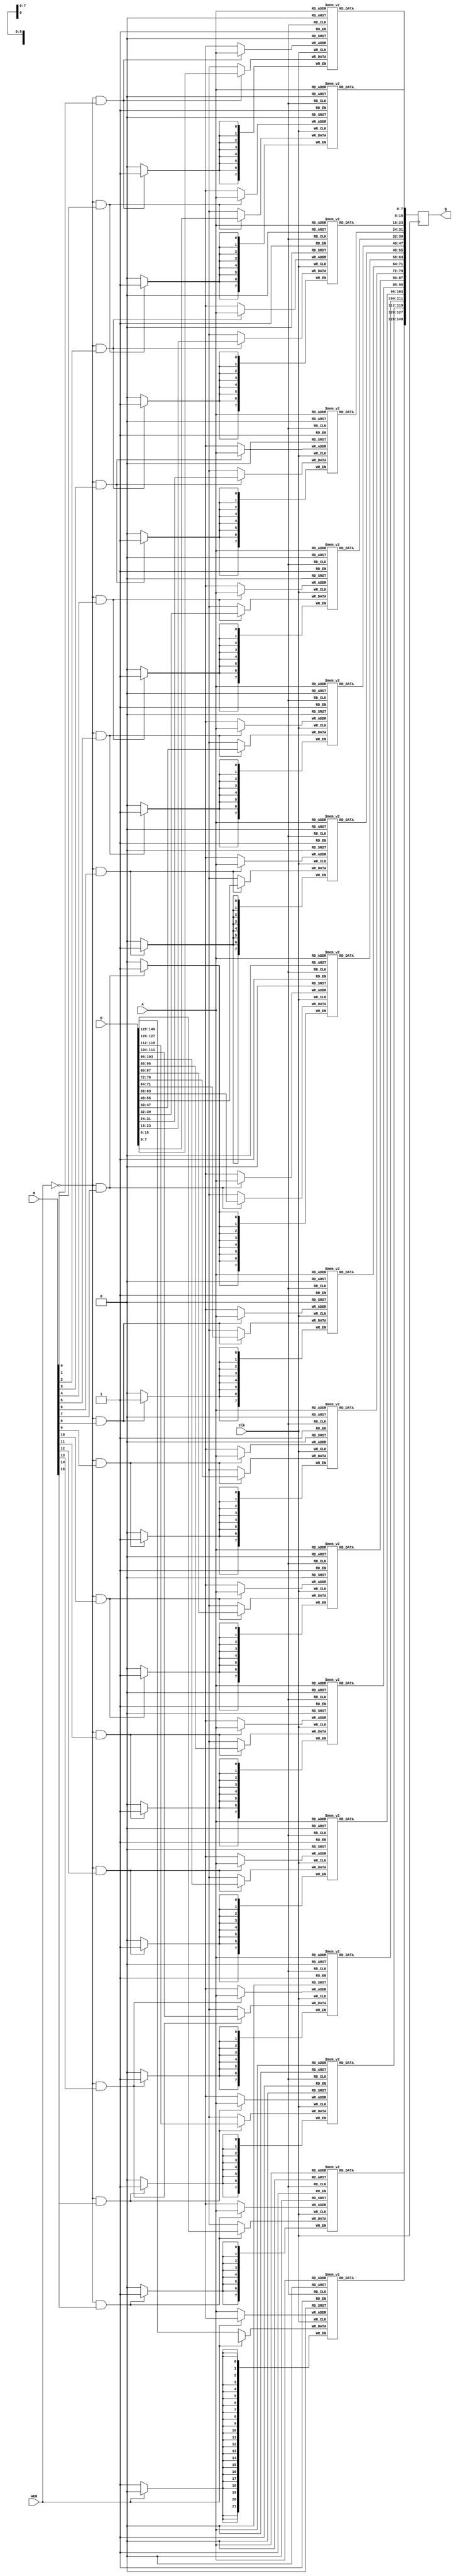
module datacache (A,D,Q,M,WEN,clk);
input [9:0] A;
input [128+22-1:0] D;
output reg [128+22-1:0] Q;
input clk;
input WEN;
input [15:0] M;

reg [21:0]  MemU [1023:0];
reg  [7:0]  Mem1 [1023:0];
reg  [7:0]  Mem2 [1023:0];
reg  [7:0]  Mem3 [1023:0];
reg  [7:0]  Mem4 [1023:0];
reg  [7:0]  Mem5 [1023:0];
reg  [7:0]  Mem6 [1023:0];
reg  [7:0]  Mem7 [1023:0];
reg  [7:0]  Mem8 [1023:0];
reg  [7:0]  Mem9 [1023:0];
reg  [7:0] Mem10 [1023:0];
reg  [7:0] Mem11 [1023:0];
reg  [7:0] Mem12 [1023:0];
reg  [7:0] Mem13 [1023:0];
reg  [7:0] Mem14 [1023:0];
reg  [7:0] Mem15 [1023:0];
reg  [7:0] Mem16 [1023:0];

always @(posedge clk) Q <= {MemU[A],
                            Mem16[A],Mem15[A],Mem14[A],Mem13[A],Mem12[A],Mem11[A],Mem10[A],Mem9[A],
			    Mem8[A],Mem7[A],Mem6[A],Mem5[A],Mem4[A],Mem3[A],Mem2[A],Mem1[A]};

always @(posedge clk) if ((WEN ==0)&&(M[ 0]==1'b1)) Mem1[A]  <= D[  7:  0];
always @(posedge clk) if ((WEN ==0)&&(M[ 1]==1'b1)) Mem2[A]  <= D[ 15:  8];
always @(posedge clk) if ((WEN ==0)&&(M[ 2]==1'b1)) Mem3[A]  <= D[ 23: 16];
always @(posedge clk) if ((WEN ==0)&&(M[ 3]==1'b1)) Mem4[A]  <= D[ 31: 24];
always @(posedge clk) if ((WEN ==0)&&(M[ 4]==1'b1)) Mem5[A]  <= D[ 39: 32];
always @(posedge clk) if ((WEN ==0)&&(M[ 5]==1'b1)) Mem6[A]  <= D[ 47: 40];
always @(posedge clk) if ((WEN ==0)&&(M[ 6]==1'b1)) Mem7[A]  <= D[ 55: 48];
always @(posedge clk) if ((WEN ==0)&&(M[ 7]==1'b1)) Mem8[A]  <= D[ 63: 56];
always @(posedge clk) if ((WEN ==0)&&(M[ 8]==1'b1)) Mem9[A]  <= D[ 71: 64];
always @(posedge clk) if ((WEN ==0)&&(M[ 9]==1'b1)) Mem10[A] <= D[ 79: 72];
always @(posedge clk) if ((WEN ==0)&&(M[10]==1'b1)) Mem11[A] <= D[ 87: 80];
always @(posedge clk) if ((WEN ==0)&&(M[11]==1'b1)) Mem12[A] <= D[ 95: 88];
always @(posedge clk) if ((WEN ==0)&&(M[12]==1'b1)) Mem13[A] <= D[103: 96];
always @(posedge clk) if ((WEN ==0)&&(M[13]==1'b1)) Mem14[A] <= D[111:104];
always @(posedge clk) if ((WEN ==0)&&(M[14]==1'b1)) Mem15[A] <= D[119:112];
always @(posedge clk) if ((WEN ==0)&&(M[15]==1'b1)) Mem16[A] <= D[127:120];
always @(posedge clk) if  (WEN ==0)                  MemU[A] <= D[149:128];

endmodule